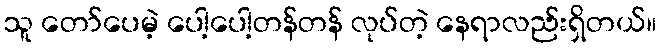
သူ တော်ပေမဲ့ ပေါ့ပေါ့တန်တန် လုပ်တဲ့ နေရာလည်းရှိတယ်။